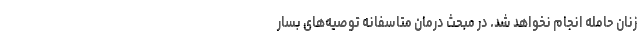
زنان حامله انجام نخواهد شد. در مبحث درمان متاسفانه توصیه‌های بسار